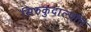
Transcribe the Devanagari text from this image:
सिरुकुदाल्पत्ति